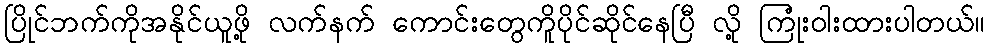
ပြိုင်ဘက်ကိုအနိုင်ယူဖို့ လက်နက် ကောင်းတွေကိူပိုင်ဆိုင်နေပြီ လို့ ကြုံးဝါးထားပါတယ်။